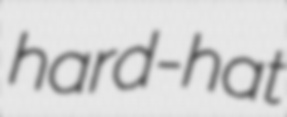
hard-hat